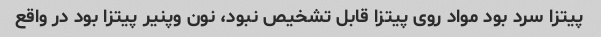
پیتزا سرد بود مواد روی پیتزا قابل تشخیص نبود، نون وپنیر پیتزا بود در واقع